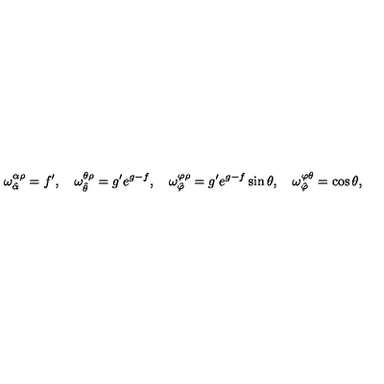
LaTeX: \omega _ { \hat { \alpha } } ^ { \alpha \rho } = f ^ { \prime } , \quad \omega _ { \hat { \theta } } ^ { \theta \rho } = g ^ { \prime } e ^ { g - f } , \quad \omega _ { \hat { \varphi } } ^ { \varphi \rho } = g ^ { \prime } e ^ { g - f } \sin \theta , \quad \omega _ { \hat { \varphi } } ^ { \varphi \theta } = \cos \theta ,